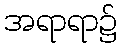
အရာရာ၌